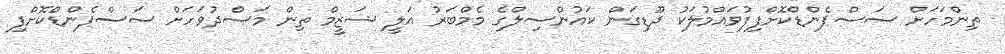
ތިންމަހަށް ސަސްޕެންޑްކޮށްފިފުވައްމުލަކު ދޫޑިގަން ކައުންސިލްގެ މެމްބަރު އަލީ ޝަޒީމް ތިން މަސްދުވަހަށް ސަސްޕެންޑްކޮށްފި